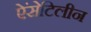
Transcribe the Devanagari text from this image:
ऐंसेटिलीन